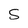
Character: S